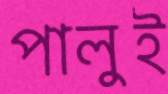
পালুই